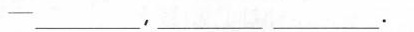
—___，___ ___.